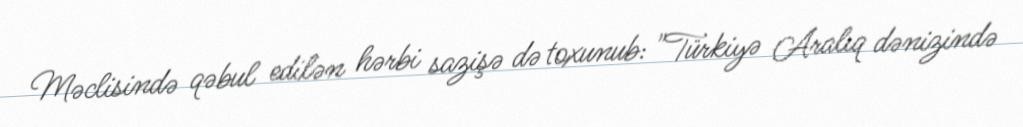
Məclisində qəbul edilən hərbi sazişə də toxunub: "Türkiyə Aralıq dənizində